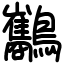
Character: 𪈥